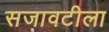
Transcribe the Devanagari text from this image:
सजावटीला